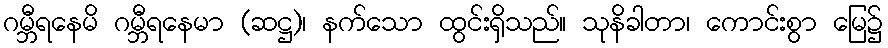
ဂမ္ဘီရနေမိ ဂမ္ဘီရနေမာ (ဆဋ္ဌ)၊ နက်သော ထွင်းရှိသည်။ သုနိခါတာ၊ ကောင်းစွာ မြေ၌